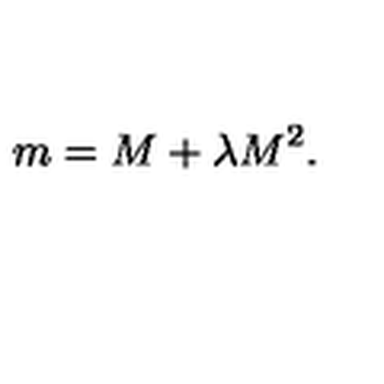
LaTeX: m = M + \lambda M ^ { 2 } .